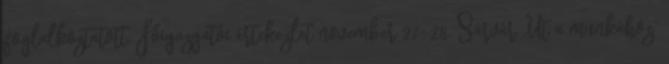
foglalkoztatott. Főigazgatói értekezlet november 27–28. Sárvár „Út a munkához”